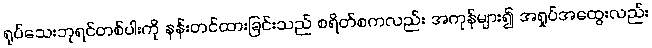
ရုပ်သေးဘုရင်တစ်ပါးကို နန်းတင်ထားခြင်းသည် စရိတ်စကလည်း အကုန်များ၍ အရှုပ်အထွေးလည်း